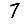
Digit: 7